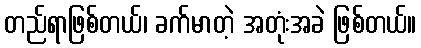
တည်ရာဖြစ်တယ်၊ ခက်မာတဲ့ အတုံးအခဲ ဖြစ်တယ်။